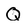
Character: Q